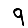
Digit: 9